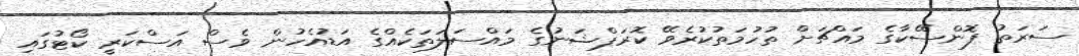
ސަރަތު ފޮންސޭކާގެ މައްޗަށް ތުހުމަތުކުރެވޭ ކޮރަޕްޝަނުގެ މައްސަލަތަކެއްގެ އަޑުއެހުން ވެސް އަސްކަރީ ކޯޓުގައި